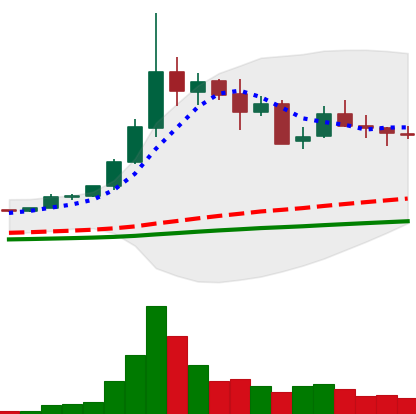
Ticker: ETC-USD
Chart end date: 2021-05-18
Forward return: -41.4%
Label: down_7plus